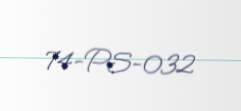
74-PS-032